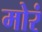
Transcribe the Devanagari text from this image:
मोरं